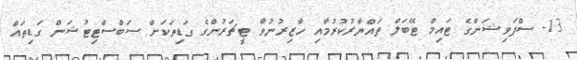
13- ސްޕަވިޝަންގެ ޓައިމް ޓޭބަލް ތައްޔާރުކުރުމާއި ހާޒިރުނުވާ ޓީޗަރުންގެ ގަޑިތަކަށް ސަބްސްޓިޓުޝަން ގަޑިތައް